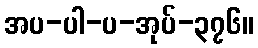
အပ-ပါ-ပ-အုပ်-၃၇၆။